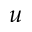
u